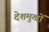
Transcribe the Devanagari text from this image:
देशमुखों